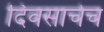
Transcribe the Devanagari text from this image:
दिवसाचेच